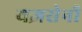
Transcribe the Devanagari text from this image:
यज्ञसेनी